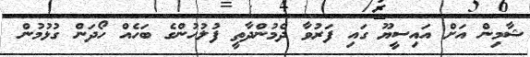
ޝާމިން އަށް އައިސީޔޫ ގައި ފަރުވާ ދެމުންދާތީ ފުލުހުންގެ ބަހެއް ހޯދަން ގުޅުމުން